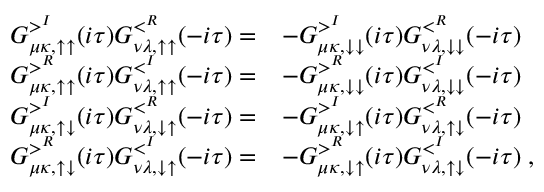
\begin{array} { r l } { G _ { \mu \kappa , \uparrow \uparrow } ^ { > ^ { I } } ( i \tau ) G _ { \nu \lambda , \uparrow \uparrow } ^ { < ^ { R } } ( - i \tau ) = } & { - G _ { \mu \kappa , \downarrow \downarrow } ^ { > ^ { I } } ( i \tau ) G _ { \nu \lambda , \downarrow \downarrow } ^ { < ^ { R } } ( - i \tau ) } \\ { G _ { \mu \kappa , \uparrow \uparrow } ^ { > ^ { R } } ( i \tau ) G _ { \nu \lambda , \uparrow \uparrow } ^ { < ^ { I } } ( - i \tau ) = } & { - G _ { \mu \kappa , \downarrow \downarrow } ^ { > ^ { R } } ( i \tau ) G _ { \nu \lambda , \downarrow \downarrow } ^ { < ^ { I } } ( - i \tau ) } \\ { G _ { \mu \kappa , \uparrow \downarrow } ^ { > ^ { I } } ( i \tau ) G _ { \nu \lambda , \downarrow \uparrow } ^ { < ^ { R } } ( - i \tau ) = } & { - G _ { \mu \kappa , \downarrow \uparrow } ^ { > ^ { I } } ( i \tau ) G _ { \nu \lambda , \uparrow \downarrow } ^ { < ^ { R } } ( - i \tau ) } \\ { G _ { \mu \kappa , \uparrow \downarrow } ^ { > ^ { R } } ( i \tau ) G _ { \nu \lambda , \downarrow \uparrow } ^ { < ^ { I } } ( - i \tau ) = } & { - G _ { \mu \kappa , \downarrow \uparrow } ^ { > ^ { R } } ( i \tau ) G _ { \nu \lambda , \uparrow \downarrow } ^ { < ^ { I } } ( - i \tau ) \; , } \end{array}